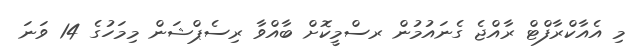
މި އެއާކްރާފްޓް ރާއްޖެ ގެނައުމުން ރސްމީކޮށް ބާއްވާ ރިސެޕްޝަން މިމަހުގެ 14 ވަނަ